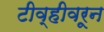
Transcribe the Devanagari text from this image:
टीव्हीवरून